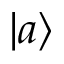
| a \rangle